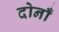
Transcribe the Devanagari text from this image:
दोनाँ